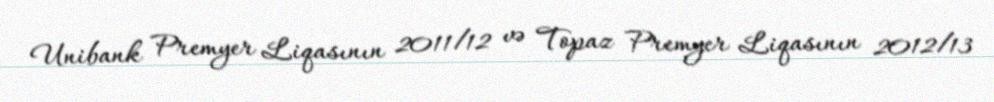
Unibank Premyer Liqasının 2011/12 və Topaz Premyer Liqasının 2012/13